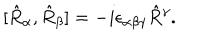
LaTeX: [ \hat { R } _ { \alpha } , \hat { R } _ { \beta } ] = - i \epsilon _ { \alpha \beta \gamma } \hat { R } { } ^ { \gamma } .